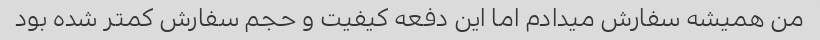
من همیشه سفارش میدادم اما این دفعه کیفیت و حجم سفارش کمتر شده بود